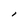
Character: I